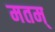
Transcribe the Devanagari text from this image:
मतम्